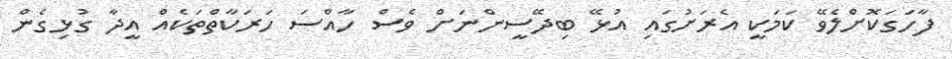
ފާހަގަކޮށްލެވޭ ކަމަކީ އެރަށުގައި އުޅޭ ބިދޭސީންނަށް ވެސް ހާއްސަ ހަރަކާތްތަކެއް އީދާ ގުޅިގެން